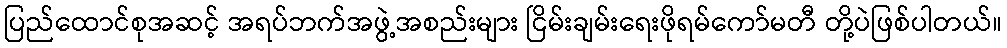
ပြည်ထောင်စုအဆင့် အရပ်ဘက်အဖွဲ့အစည်းများ ငြိမ်းချမ်းရေးဖိုရမ်ကော်မတီ တို့ပဲဖြစ်ပါတယ်။